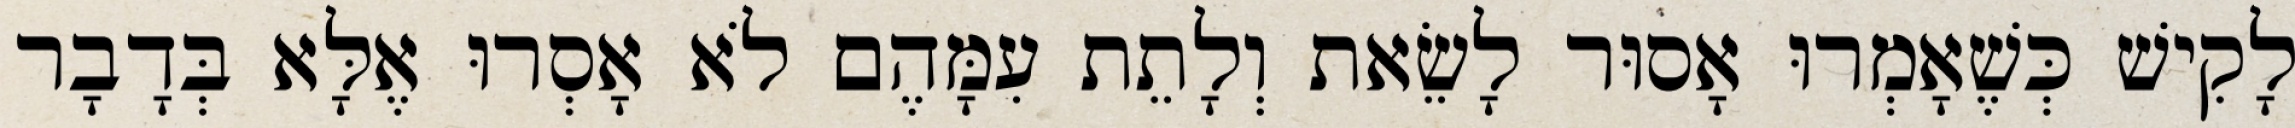
לָקִישׁ כְּשֶׁאָמְרוּ אָסוּר לָשֵׂאת וְלָתֵת עִמָּהֶם לֹא אָסְרוּ אֶלָּא בְּדָבָר